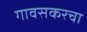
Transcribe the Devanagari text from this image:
गावसकरचा